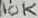
Text: 10K